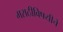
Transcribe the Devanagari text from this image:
मराठीविषयीचे